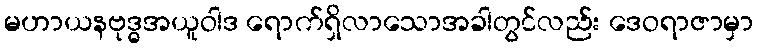
မဟာယနဗုဒ္ဓအယူဝါဒ ရောက်ရှိလာသောအခါတွင်လည်း ဒေဝရာဇာမှာ